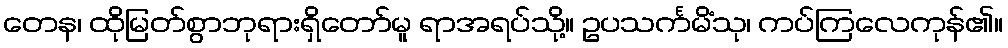
တေန၊ ထိုမြတ်စွာဘုရားရှိတော်မူ ရာအရပ်သို့။ ဥပသင်္ကမိံသု၊ ကပ်ကြလေကုန်၏။